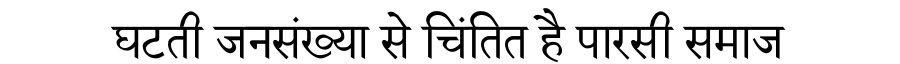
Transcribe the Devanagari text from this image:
घटती जनसंख्या से चिंतित है पारसी समाज